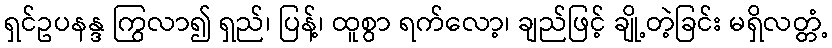
ရှင်ဥပနန္ဒ ကြွလာ၍ ရှည်၊ ပြန့်၊ ထူစွာ ရက်လော့၊ ချည်ဖြင့် ချို့တဲ့ခြင်း မရှိလတ္တံ့